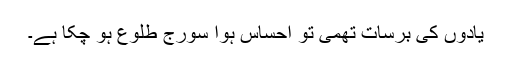
یادوں کی برسات تھمی تو احساس ہوا سورج طلوع ہو چکا ہے۔